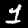
Digit: 1